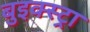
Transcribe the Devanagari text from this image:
बुइक्स्ट्रा